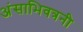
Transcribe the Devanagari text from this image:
अंसाभिवत्रनी